Vaccine operations Central Provinces & Berar 1912-1920 - 1912-1920
Year: 1912
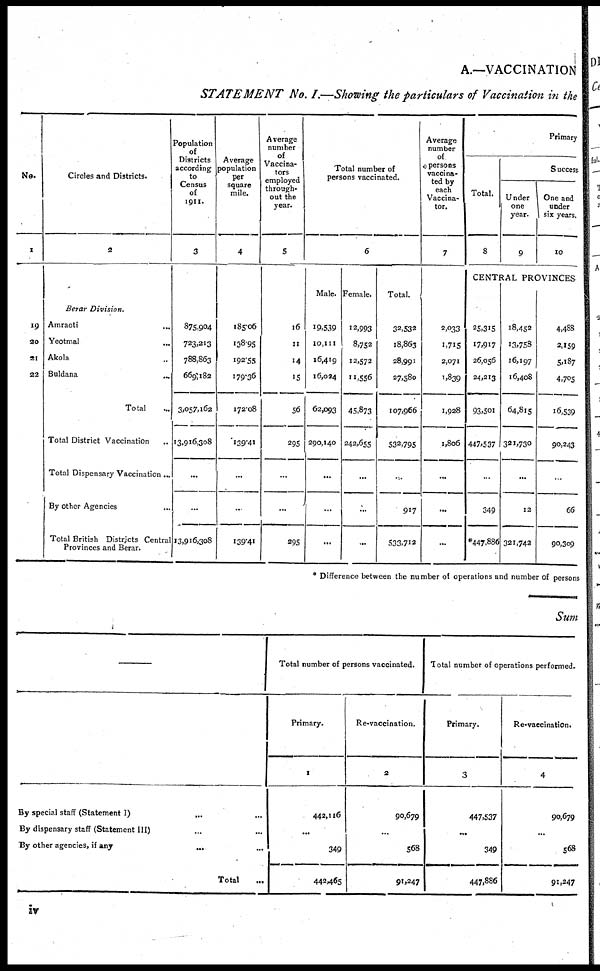
A.—VACCINATION
STATEMENT No. I.—Showing the particulars of Vaccination in the
No.
1
19
30
21
22
Circles and Districts.
2
Berar Division.
Amraoti ...
Yeotmal ...
Akola ...
Buldana ...
Total ...
Total District Vaccination ...
Total Dispensary Vaccination...
By other Agencies
...
Total British Districts Central
Provinces and Berar.
Population
of
Districts
according
to
Census
of
1911.
3
875,904
723,213
788,863
669,182
3,057,162
13,916,308
...
...
13,916,308
Average
population
per
square
mile.
4
185.06
138.95
192.55
179.36
172.08
139.41
...
...
139.41
Average
number
of
Vaccina-
tors
employed
through¬
out the
year.
5
16
11
14
15
56
295
...
...
295
Total number of
persons vaccinated.
6
Male.
19,539
10,111
16,419
16,034
62,093
290,140
...
...
Female.
12,993
8,752
12,572
11,556
45,873
242,655
...
...
...
Total.
32,532
18,863
28,991
27,580
107,966
532,795
...
917
533.712
Average
number
of
persons
vaccina¬
ted by
each
Vaccina-
tor.
7
2,033
1,715
2,071
1,839
1,928
1,806
...
...
...
Primary
Total.
8
Success
Under
one
year.
9
One and
under
six years.
10
CENTRAL PROVINCES
25,315
17,917
26,056
24,213
93,501
447,537
...
349
*447,886
18,452
13,758
16,197
16,408
64,815
321,730
...
12
321,742
4,488
2,159
5,187
4,705
16,539
90,243
...
66
90,309
* Difference between the number of operations and number of persons
Sum
By special staff (Statement I) ... ...
By dispensary staff (Statement III) ... ...
By other agencies, if any ... ...
Total ...
Total number of persons vaccinated.
Primary.
1
442,116
...
349
442,465
Re-vaccination.
2
90,679
...
568
91,247
Total number of operations performed.
Primary.
3
447,537
...
349
447,886
Re-vaccination.
4
90,679
...
568
91,247
iv